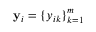
\mathbf { y } _ { i } = \{ y _ { i k } \} _ { k = 1 } ^ { m }